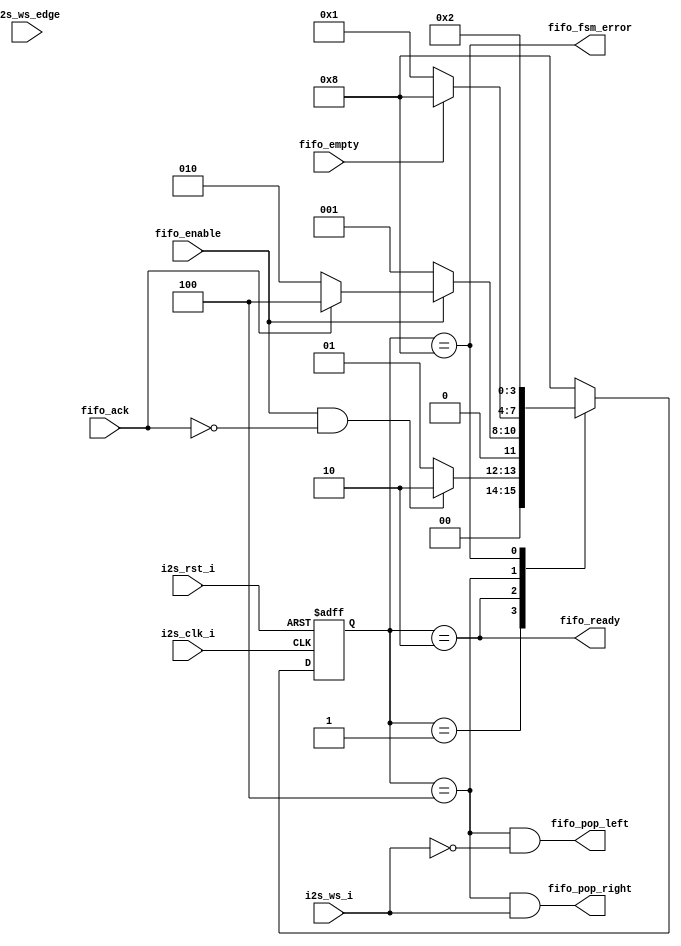
module 
  i2s_to_wb_fifo_fsm
  (
    input   i2s_ws_edge,
    input   i2s_ws_i, 
    
    input   fifo_enable,
    input   fifo_empty,
    input   fifo_ack,
    
    output  fifo_pop_right,
    output  fifo_pop_left,
    output  fifo_fsm_error,
    output  fifo_ready,

    input   i2s_clk_i,
    input   i2s_rst_i
  );
  

  // -----------------------------
  //  state machine binary definitions
  parameter IDLE_STATE  = 4'b0001;
  parameter ACK_WAIT    = 4'b0010;
  parameter POP_STATE   = 4'b0100;
  parameter ERROR_STATE = 4'b1000;


  // -----------------------------
  //  state machine flop
  reg [3:0] state;
  reg [3:0] next_state;

  always @(posedge i2s_clk_i or posedge i2s_rst_i)
    if(i2s_rst_i)
      state <= IDLE_STATE;
    else
      state <= next_state;


  // -----------------------------
  //  state machine
  always @(*)
    case(state)
      IDLE_STATE:   if( fifo_enable & ~fifo_ack )
                      next_state <= ACK_WAIT;
                    else
                      next_state <= IDLE_STATE;

      ACK_WAIT:     if( ~fifo_enable )
                      next_state <= IDLE_STATE;
                    else if( fifo_ack )
                      next_state <= POP_STATE;
                    else
                      next_state <= ACK_WAIT;

      POP_STATE:    if( fifo_empty )
                      next_state <= ERROR_STATE;
                    else
                      next_state <= IDLE_STATE;

      ERROR_STATE:  next_state <= ACK_WAIT;

      default:      next_state <= ERROR_STATE;

    endcase
    
    
  // -----------------------------
  //  outputs
  assign fifo_pop_right = (state == POP_STATE) & i2s_ws_i; 
  assign fifo_pop_left  = (state == POP_STATE) & ~i2s_ws_i; 
  assign fifo_fsm_error = (state == ERROR_STATE);
  assign fifo_ready     = (state == ACK_WAIT);

endmodule